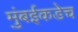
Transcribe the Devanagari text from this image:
मुंबईकडेच